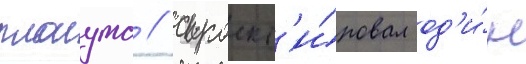
плаута / спроект'и́ровал од'и́н